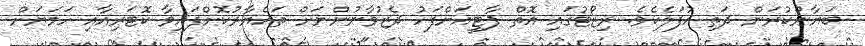
ބަޔާންކުރަން ދަތި އުފަލެކެވެ. ރިޒޯޓުގައި އޮތް ޕާޓީއަށްފަހު ދެޒުވާނުންނަށް ތައްޔާރުކޮށްފައިވާ ކޮޓަރިއާއި ހަމަޔަށް